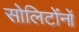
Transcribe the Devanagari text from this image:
सोलिटोंनों